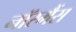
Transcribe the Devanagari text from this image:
नॉरमैंस